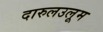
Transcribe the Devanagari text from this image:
दारुलउलूम